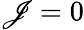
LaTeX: \mathscr{J}=0